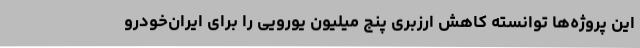
این پروژه‌ها توانسته کاهش ارزبری پنج میلیون یورویی را برای ایران‌خودرو